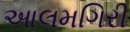
આલમગિરી